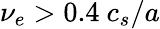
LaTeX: \nu_{e}>0.4\ c_{s}/a